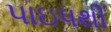
પાઇપથી